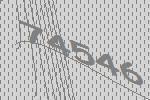
74546